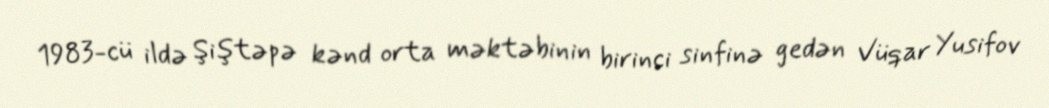
1983-cü ildə Şiştəpə kənd orta məktəbinin birinci sinfinə gedən Vüqar Yusifov